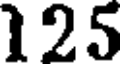
125